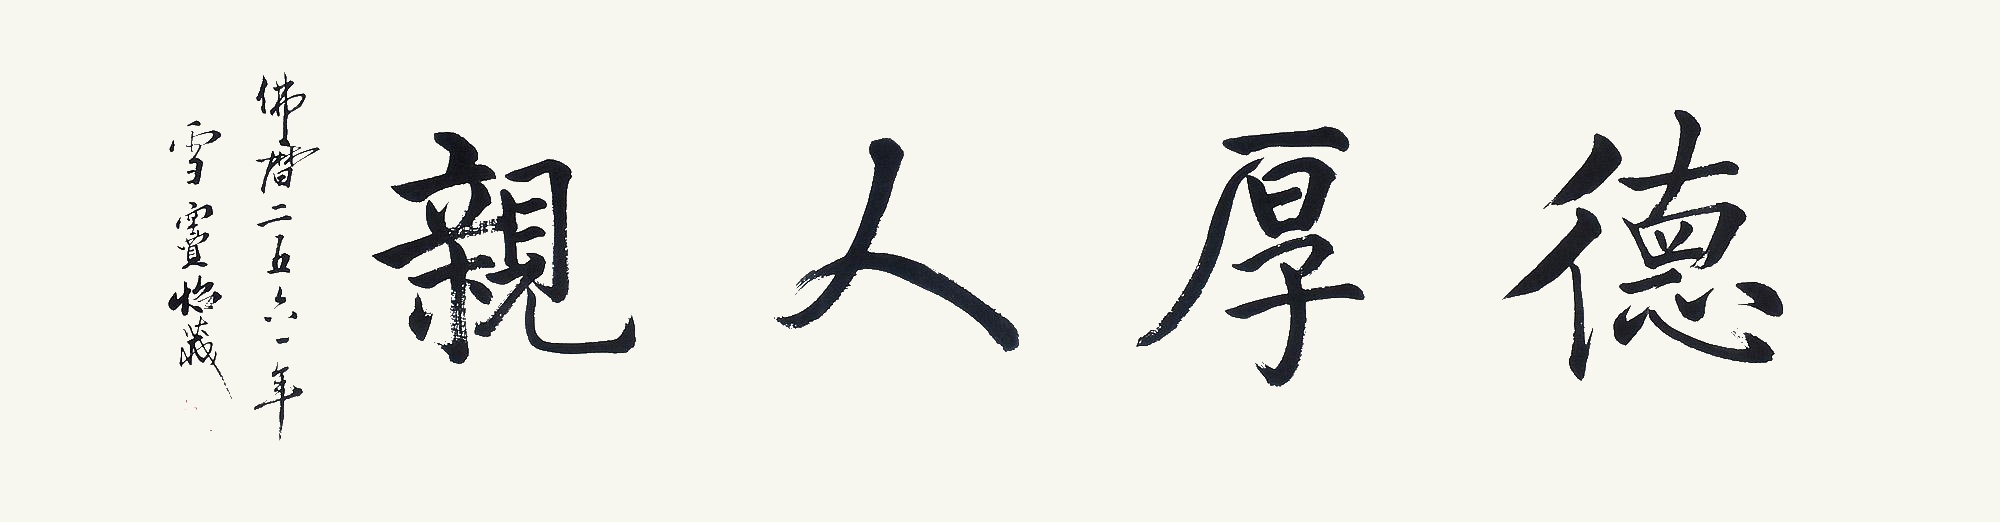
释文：德厚人亲佛历二五六一年，雪宝怡藏。